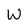
Character: W